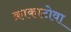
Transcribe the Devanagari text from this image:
क्राकाटोवा